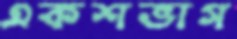
একশভাগ